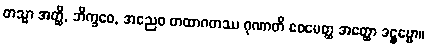
တသ္မာ အတ္ထိ, ဘိက္ခဝေ, အညေဝ တထာဂတဿ ဂုဏာတိ ဧဝမေတ္ထ အတ္ထော ဒဋ္ဌဗ္ဗော။